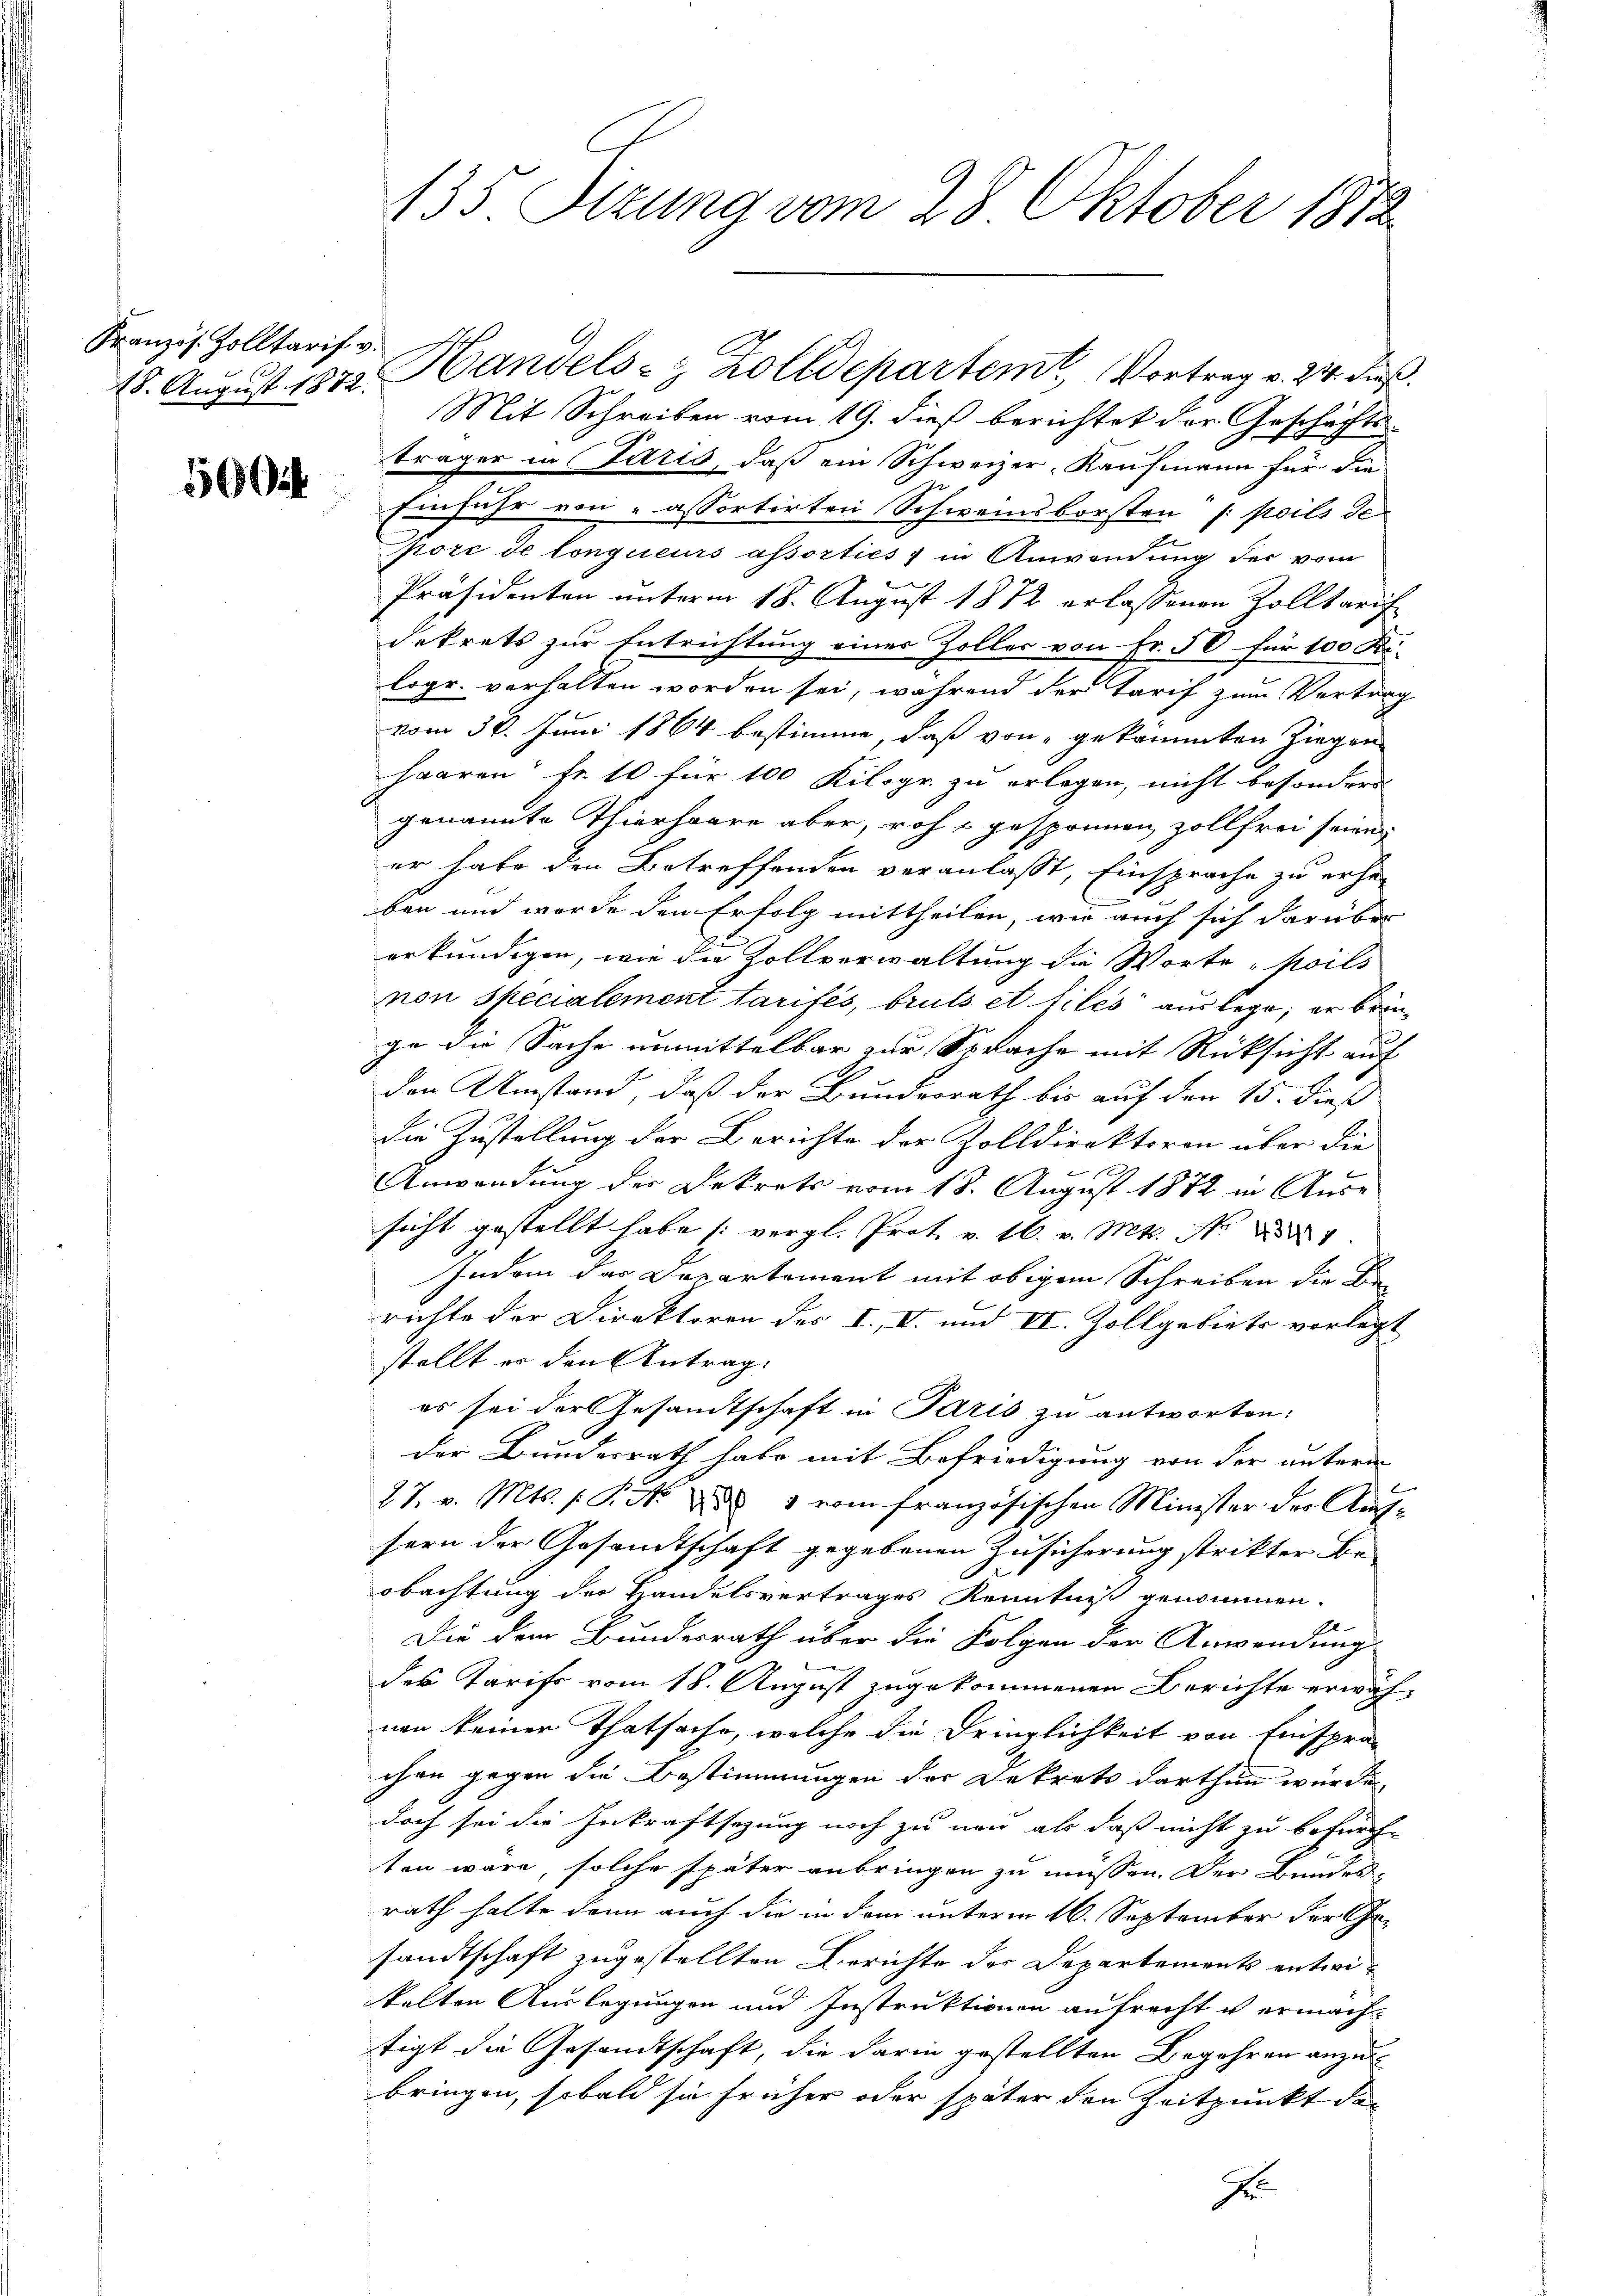
Französ. Zolltarif v.

Mit Schreiben vom 19. dieß berichtet der Geschäfts-
träger in Paris, daß ein Schweizer-Kaufmann für die
58) Einfuhr von assortirten Schweindborsten /: seits de
pore de longueurs assorties in Anwendung des vom
Präsidenten unterm 18. August 1872 erlassenen Zolltarif-
dekrets zur Entrichtung einer Zoller von Fr. 50 für 100 Ri-
logr. verhalten worden sei, während der Tarif zum Vertrag
vom 30. Juni 1864 bestimme, daß von gekämmten Ziegen
haaren Fr. 10 für 100 Kilogr. zu erlegen, nicht besonders
genannte Thierharre aber, roh u gesponnen zollfrei seien
er habe den Betreffenden veranlaßt, Einsprache zu erhe
ben und wurde den Erfolg mittheilen, wie auch sich darüber
erkundigen, wie die Zollverwaltung die Worte "poils
non specialement tarifés, bruts et files aus lege; er brin¬
.
ge die Sache unmittelbar zur Sprache mit Rücksicht auf
den Umstand, daß der Bundesrath bis auf den 15. dieß
die Zustellung der Berichte der Zolldirektoren über die
Anwendung der Dekrets vom 18. August 1882 in Aus-
sicht gestellt habe (vergl. Prot v. 16. v. Mts. N
Indem das Departement mit obigem Schreiben die Be-
richte der Direktoren des I. I. und VI. Zollgebiets vorlegt
stellt er den Antrag:
es sei der Gesandtschaft in Paris zu antworten:
der Bundesrath habe mit Befriedigung von der unterin
27. v. Mts. 1. P. Nr. 25 " vom französischen Minister der Aŭf-
sern der Gesandtschaft gegebenen Zusicherung strikter Beobachtung der Handelsvertrages Kenntniß genommen.
Die dem Bundesrath über die Folgen der Anwendung
des Tarifs vom 18. August zugekommenen Berichte erwäh-
nen keiner Thatsache, welche die Dringlichkeit von Einspra-
chen gegen die Bestimmungen der Dekrets darthun würde
doch sei die Inkraftsezung noch zu neu als daß nicht zu befürchten wäre, solche später anbringen zu müssen. Der Bundes-
rath halte dann auch die in dem unterm 16. September der Gesandtschaft zugestellten Berichte der Departements entwikelten Auslegungen und Instruktionen aufrecht u ermachtigt die Gesandtschaft, die darin gestellten Begehren anzubringen, sobald sie früher oder später den Zeitpunkt der
D

135 Sitzung vom 28. Oktober 1872

18. August 1872. Handels- & Zolldepartemt, Vortrag v. 24. Fuß.